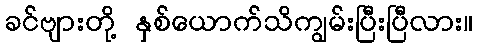
ခင်ဗျားတို့ နှစ်ယောက်သိကျွမ်းပြီးပြီလား။